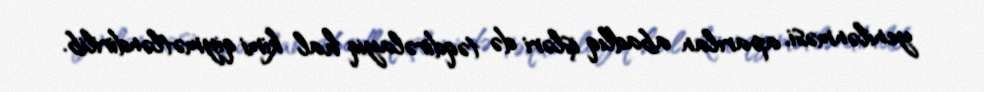
yenilənməsi, aparılan abadlıq işləri də təqdirəlayiq hal kimi qiymətləndirilib.